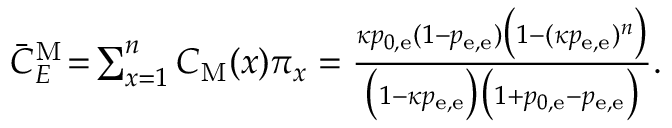
\begin{array} { r } { \bar { C } _ { E } ^ { \mathrm { M } } \! = \! \sum _ { x = 1 } ^ { n } C _ { \mathrm { M } } ( x ) \pi _ { x } = \frac { \kappa p _ { 0 , \mathrm { e } } ( 1 - p _ { \mathrm { e } , \mathrm { e } } ) \big ( 1 - ( \kappa p _ { \mathrm { e } , \mathrm { e } } ) ^ { n } \big ) } { \big ( 1 - \kappa p _ { \mathrm { e } , \mathrm { e } } \big ) \big ( 1 + p _ { 0 , \mathrm { e } } - p _ { \mathrm { e } , \mathrm { e } } \big ) } . } \end{array}